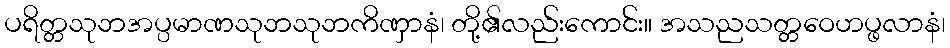
ပရိတ္တသုဘအပ္ပမာဏသုဘသုဘကိဏှာနံ၊ တို့၏လည်းကောင်း။ အသညသတ္တဝေဟပ္ဖလာနံ၊